Indian journal of veterinary science and animal husbandry - Volume 2,
Year: 1932
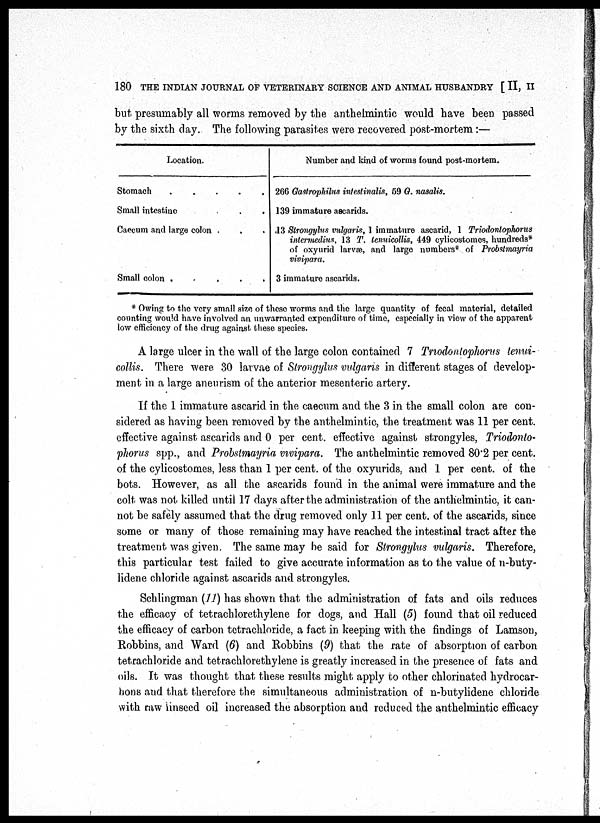
180 THE INDIAN JOURNAL OF VETERINARY SCIENCE AND ANIMAL HUSBANDRY [ II, II
but presumably all worms removed by the anthelmintic would have been passed
by the sixth day. The following parasites were recovered post-mortem:—
Location.
Stomach
. . . . .
Small intestine
.
.
.
.
Caecum and large colon . . .
Small colon
.
.
.
.
.
Number and kind of worms found post-mortem.
266 Gastrophilus inteslinalis, 59 G. nasalis.
139 immature ascarids.
.13 Strongylus vulgaris, I immature ascarid, 1 Triodontophorus
intermedins, 13 T. lennicollis, 449 cylicostomes, hundreds*
of oxyurid larvæ, and large numbers* of Probstmayria
vivipara.
3 immature ascarids.
* Owing to the very small size of these worms and the large quantity of fecal material, detailed
counting would have involved an unwarranted expenditure of time, especially in view of the apparent
low efficiency of the drug against these species.
A large ulcer in the wall of the large colon contained 7 Triodonlophorus tenui¬
collis, There were 30 larvae of Strongylus vulgaris in different stages of develop-
ment in a large aneurism of the anterior mesenteric artery.
If the 1 immature ascarid in the caecum and the 3 in the small colon are con-
sidered as having been removed by the anthelmintic, the treatment was 11 per cent.
effective against ascarids and 0 per cent. effective against strongyles, Triodonto¬
phorus spp., and Probstmayria vivipara. The anthelmintic removed 80.2 per cent.
of the cylicostomes, less than 1 per cent. of the oxyurids, and 1 per cent. of the
bots. However, as all the ascarids found in the animal were immature and the
colt was not killed until 17 days after the administration of the anthelmintic, it can-
not be safely assumed that the drug removed only 11 per cent. of the ascarids, since
some or many of those remaining may have reached the intestinal tract after the
treatment was given. The same may be said for Strongylus vulgaris. Therefore,
this particular test failed to give accurate information as to the value of n-buty¬
lidene chloride against ascarids and strongyles.
Schlingman (11) has shown that the administration of fats and oils reduces
the efficacy of tetrachlorethylene for dogs, and Hall (5) found that oil reduced
the efficacy of carbon tetrachloride, a fact in keeping with the findings of Lamson,
Robbins, and Ward (6) and Robbins (9) that the rate of absorption of carbon
tetrachloride and tetrachlorethylene is greatly increased in the presence of fats and
oils. It was thought that these results might apply to other chlorinated hydrocar-
bons and that therefore the simultaneous administration of n-butylidene chloride
with raw linseed oil increased the absorption and reduced the anthelmintic efficacy